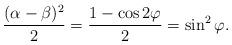
LaTeX: \begin{align*}\frac{(\alpha-\beta)^2}2=\frac{1-\cos2\varphi}2=\sin^2\varphi.\end{align*}